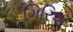
ગિરિશ